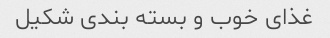
غذای خوب و بسته بندی شکیل